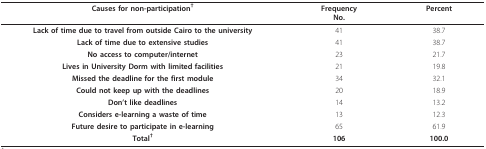
<table><thead><tr><td><b>Causes for non-participation<sup>†</sup></b></td><td><b>FrequencyNo.</b></td><td><b>Percent</b></td></tr></thead><tbody><tr><td><b>Lack of time due to travel from outside Cairo to the university</b></td><td>41</td><td>38.7</td></tr><tr><td><b>Lack of time due to extensive studies</b></td><td>41</td><td>38.7</td></tr><tr><td><b>No access to computer/internet</b></td><td>23</td><td>21.7</td></tr><tr><td><b>Lives in University Dorm with limited facilities</b></td><td>21</td><td>19.8</td></tr><tr><td><b>Missed the deadline for the first module</b></td><td>34</td><td>32.1</td></tr><tr><td><b>Could not keep up with the deadlines</b></td><td>20</td><td>18.9</td></tr><tr><td><b>Don&#x27;t like deadlines</b></td><td>14</td><td>13.2</td></tr><tr><td><b>Considers e-learning a waste of time</b></td><td>13</td><td>12.3</td></tr><tr><td><b>Future desire to participate in e-learning</b></td><td>65</td><td>61.9</td></tr><tr><td><b>Total<sup>†</sup></b></td><td><b>106</b></td><td><b>100.0</b></td></tr></tbody></table>